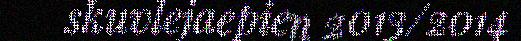
skuvlejaepien 2013/2014